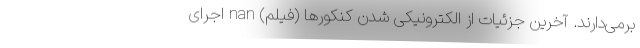
برمی‌دارند. آخرین جزئیات از الکترونیکی شدن کنکورها (فیلم) nan اجرای